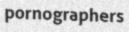
pornographers